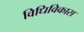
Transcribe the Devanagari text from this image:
विधिविकास